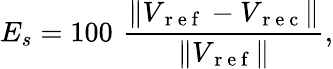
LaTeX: E_{s}=100\, \, \frac{\| V_{\mathrm{~r~e~f~}}-V_{\mathrm{~r~e~c~}}\| }{\| V_{\mathrm{~r~e~f~}}\| },